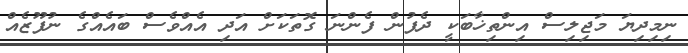
ނިމިދިޔަ މަޖިލިސް އިންތިޚާބަކީ ދެފުން ފެންނަ ގޮތަކަށް އަދި އެއްވެސް ބައެއްގެ ނުފޫޒެއް